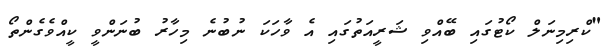
"ކްރިމިނަލް ކޯޓުގައި ބޭއްވި ޝަރީއަތުގައި އެ ވާހަކަ ނުބުނެ މިހާރު ބުނަންވީ ކީއްވެގެންތޯ